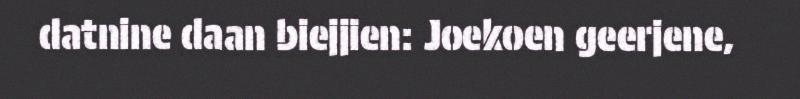
datnine daan biejjien: Joekoen geerjene,